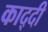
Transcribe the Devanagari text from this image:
काद्दी